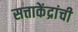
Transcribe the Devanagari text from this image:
सत्ताकेंद्रांची